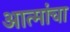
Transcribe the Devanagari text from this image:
आत्मांचा